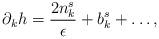
LaTeX: \begin{align*}\partial_{k}h=\frac{2n_{k}^{s}}{\epsilon}+b_{k}^{s} + \dots,\end{align*}